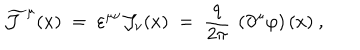
\widetilde { { \mathcal J } } ^ { \mu } ( x ) \; = \; \varepsilon ^ { \mu \nu } { \mathcal J } _ { \nu } ( x ) \; = \; \frac { q } { 2 \pi } ~ \left( \partial ^ { \mu } \varphi \right) ( x ) ~ ,